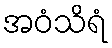
အဝံသိရံ